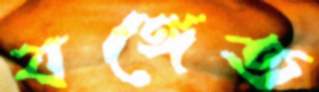
বঙ্গেত